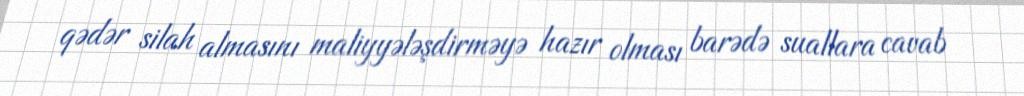
qədər silah almasını maliyyələşdirməyə hazır olması barədə suallara cavab